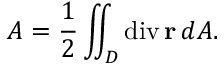
A = { \frac { 1 } { 2 } } \iint _ { D } \operatorname { d i v } \mathbf { r } \, d A .